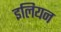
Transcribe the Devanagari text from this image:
इलियन